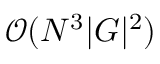
\mathcal { O } ( N ^ { 3 } | G | ^ { 2 } )